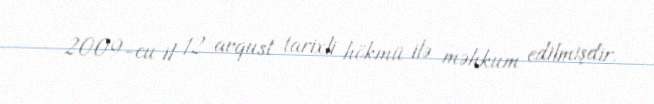
2009-cu il 12 avqust tarixli hökmü ilə məhkum edilmişdir.